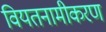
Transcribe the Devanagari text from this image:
वियतनामीकरण